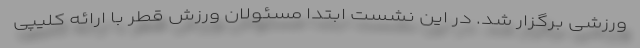
ورزشی برگزار شد. در این نشست ابتدا مسئولان ورزش قطر با ارائه کلیپی